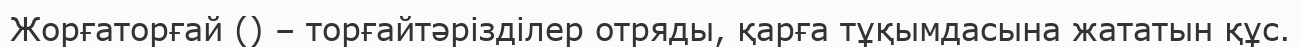
Жорғаторғай () – торғайтәрізділер отряды, қарға тұқымдасына жататын құс.